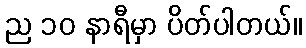
ည ၁၀ နာရီမှာ ပိတ်ပါတယ်။